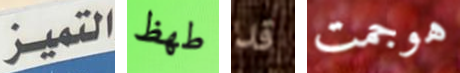
التميز طھظ قد هوجمت